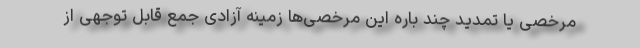
مرخصی یا تمدید‌ چند باره این مرخصی‌ها زمینه آزادی جمع قابل توجهی از